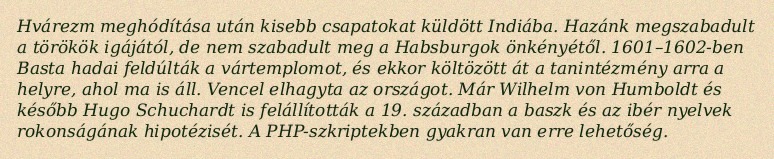
Hvárezm meghódítása után kisebb csapatokat küldött Indiába. Hazánk megszabadult a törökök igájától, de nem szabadult meg a Habsburgok önkényétől. 1601–1602-ben Basta hadai feldúlták a vártemplomot, és ekkor költözött át a tanintézmény arra a helyre, ahol ma is áll. Vencel elhagyta az országot. Már Wilhelm von Humboldt és később Hugo Schuchardt is felállították a 19. században a baszk és az ibér nyelvek rokonságának hipotézisét. A PHP-szkriptekben gyakran van erre lehetőség.